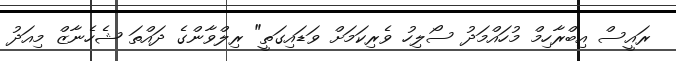
ރައީސް އިބްރާހިމް މުހައްމަދު ސޯލިހު ވެރިކަމަށް ވަޑައިގަތީ" ރިލްވާންގެ ދައްތަ ޝެހެނާޒް މިއަދު